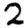
Digit: 2